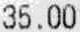
35.00